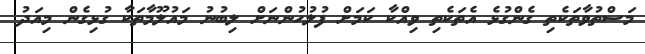
މަސްތުވާތަކެތި ގެންގުޅެ އެތަކެތި ވިއްކާ ކަމަށް ފުލުހުންނަށް ލިބުނު މައުލޫމާތަކާ ގުޅިގެން މިއަދު